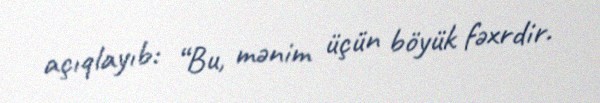
açıqlayıb: “Bu, mənim üçün böyük fəxrdir.